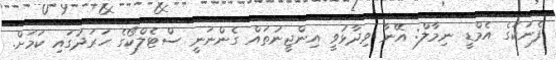
ފެނަކަގެ އެމްޑީ ނިމާލް: އޭނާ ވިދާޅުވީ އިންޖީނުތައް ގެންނަނީ ސްޓެލްކޯގެ ހަރަދުގައި ކަމަށް.